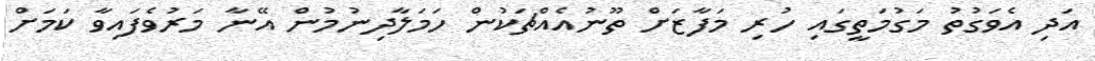
އަދި އެވަގުތު މަގުމަތީގައި ހުރި މަފާޒަށް ތޫނުއެއްޗަކުން ހަމަލާދިނުމުން އޭނާ މަރުވެފައިވާ ކަމަށް